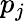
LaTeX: p_{j}